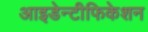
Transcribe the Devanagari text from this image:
आइडेन्टीफिकेशन